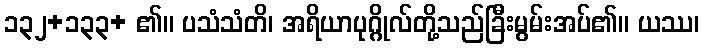
၁၃၂+၁၃၃+ ၏။ ပသံသံတိ၊ အရိယာပုဂ္ဂိုလ်တို့သည်ခြီးမွမ်းအပ်၏။ ယဿ၊